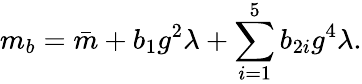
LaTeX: m_{b}=\bar{m}+b_{1}g^{2}\lambda+\sum_{i=1}^{5}b_{2i}g^{4}\lambda.